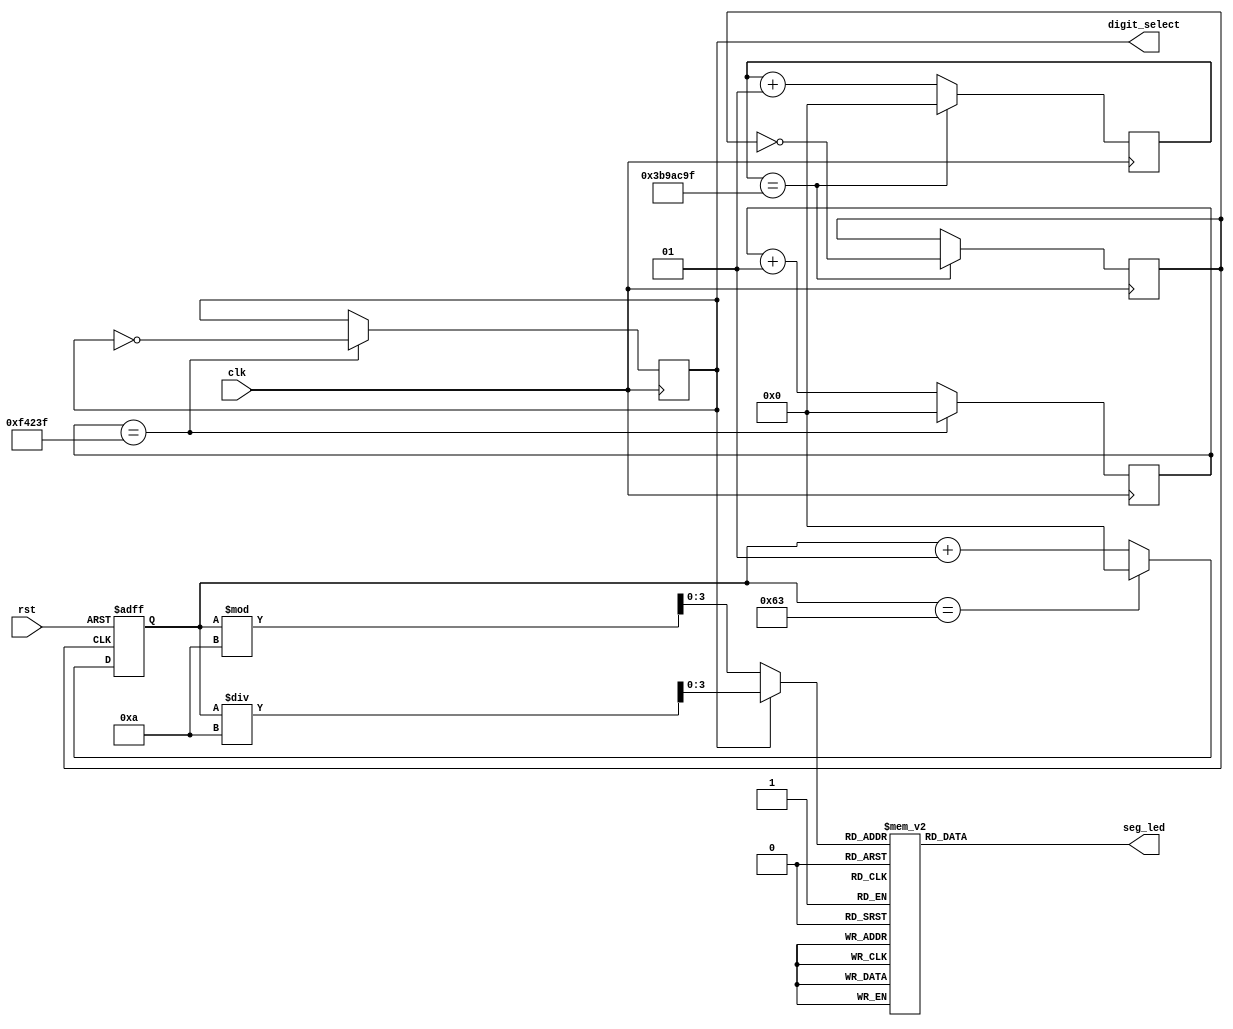
`timescale 1ns / 1ps
//////////////////////////////////////////////////////////////////////////////////
// Company: 
// Engineer: 
// 
// Design Name: 
// Module Name: 7_segment
// Project Name: 
// Target Devices: 
// Tool Versions: 
// Description: 
// 
// Dependencies: 
// 
// Revision:
// Revision 0.01 - File Created
// Additional Comments:
// 
//////////////////////////////////////////////////////////////////////////////////


module led_segment(
    input clk,   //125Mhz 
	input rst,
	output reg digit_select,  // select SSD display
	output reg  [6:0] seg_led
    );
//    wire ce =0;
	wire [7:0] value;
	wire [3:0] display;
	reg clk_divider = 1'b0;  // 1Hz clock
	
	integer cnt_select = 0; // 32bits counter select SSD for display
	integer counter = 0; // 32bits counter for clock divider
	
    integer counter_display =0;  // 32bits counter
    localparam select_timer_value = 999999;  // ~60Hz for change digit display
	localparam div_value = 62499999;   // ~1Hz for counter display

assign value[7:4] = counter_display/10;    // display 2nd digit
assign value[3:0] = counter_display % 10;  // display 1st digit
assign display = digit_select ? value[7:4] : value[3:0];

// select SSD for display
always @(posedge clk) begin
    if(cnt_select == select_timer_value)
      cnt_select <= 0;
	else 
	  cnt_select <= cnt_select + 1;
	end
	
always @(posedge clk) begin
    if(cnt_select == select_timer_value)
       digit_select <= ~digit_select;
	end	
	
// clock divider f = 1hz
always @(posedge clk) begin
    if(counter == div_value)
      counter <= 0;
	else 
	  counter <= counter + 1;
	end
always @(posedge clk) begin
    if(counter == div_value)
      clk_divider <= ~clk_divider;
	else 
	  clk_divider <= clk_divider;
	end
	
// set a counter +1 after 1s	
always @(posedge clk_divider or posedge rst) begin
    if (rst)
      counter_display <= 0;
    else if (counter_display == 99)
	  counter_display <= 0;
	else
      counter_display <= counter_display + 1;	
	end
always @(display or seg_led) begin
	case (display)
            4'h0:		seg_led <= 7'b0111111;
			4'h1:		seg_led <= 7'b0000110;
			4'h2:		seg_led <= 7'b1011011;
			4'h3:		seg_led <= 7'b1001111;
			4'h4:		seg_led <= 7'b1100110;
			4'h5:		seg_led <= 7'b1101101;
			4'h6:		seg_led <= 7'b1111101;
			4'h7:		seg_led <= 7'b0000111;
			4'h8:		seg_led <= 7'b1111111;
			4'h9:		seg_led <= 7'b1101111;
	default: seg_led <= 7'b1111110;
	endcase
 end
  endmodule